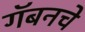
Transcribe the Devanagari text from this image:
गॅबनचे